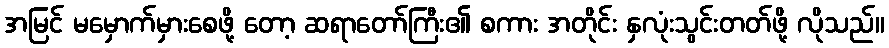
အမြင် မမှောက်မှားစေဖို့ တော့ ဆရာတော်ကြီး၏ စကား အတိုင်း နှလုံးသွင်းတတ်ဖို့ လိုသည်။